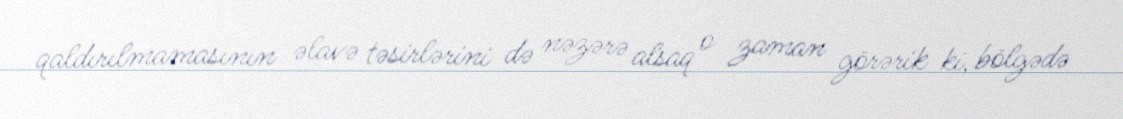
qaldırılmamasının əlavə təsirlərini də nəzərə alsaq o zaman görərik ki, bölgədə